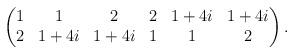
LaTeX: \begin{align*}\begin{pmatrix}1 & 1 & 2 & 2 & 1+4i & 1+4i\\2 & 1+4i & 1+4i & 1 & 1 & 2\end{pmatrix}.\end{align*}